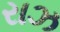
રાઝ